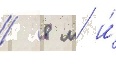
/ 8 м и́